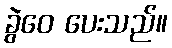
ခွဲဝေ ပေးသည်။